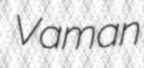
Vaman